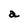
Character: a